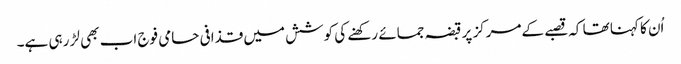
اُن کا کہنا تھا کہ قصبے کےمرکز پر قبضہ جمائے رکھنے کی کوشش میں قذافی حامی فوج اب بھی لڑ رہی ہے۔